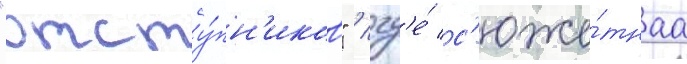
"отсту́пн'иков" / гд'е́ с'юже́тнаа